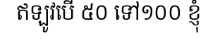
ឥឡូវបើ ៥០ ទៅ១០០ ខ្ញុំ